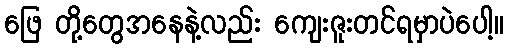
ဖြေ တို့တွေအနေနဲ့လည်း ကျေးဇူးတင်ရမှာပဲပေါ့။